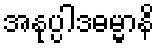
အနုပ္ပါဒဓမ္မာနိ